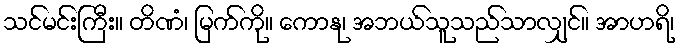
သင်မင်းကြီး။ တိဏံ၊ မြက်ကို။ ကောနု၊ အဘယ်သူသည်သာလျှင်။ အာဟရိ၊